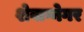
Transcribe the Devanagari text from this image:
शेवाग्नेगर